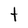
Character: t